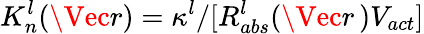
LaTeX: K_{n}^{l}(\Vec{r})=\kappa^{l}/[R_{abs}^{l}(\Vec{r}\, )V_{act}]